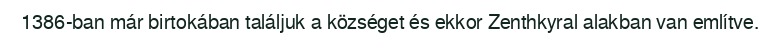
1386-ban már birtokában találjuk a községet és ekkor Zenthkyral alakban van említve.